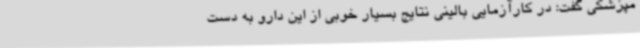
مپزشکی گفت: در کارآزمایی بالینی نتایج بسیار خوبی از این دارو به دست